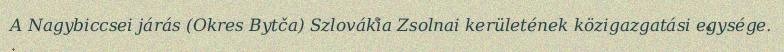
A Nagybiccsei járás (Okres Bytča) Szlovákia Zsolnai kerületének közigazgatási egysége.